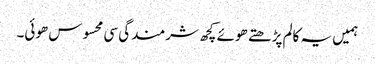
ہمیں یہ کالم پڑھتے ھوئے کچھ شرمندگی سی محسوس ھوئی۔